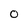
Character: 0